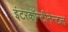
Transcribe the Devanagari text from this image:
इंटरकॉन्टीनेन्टल